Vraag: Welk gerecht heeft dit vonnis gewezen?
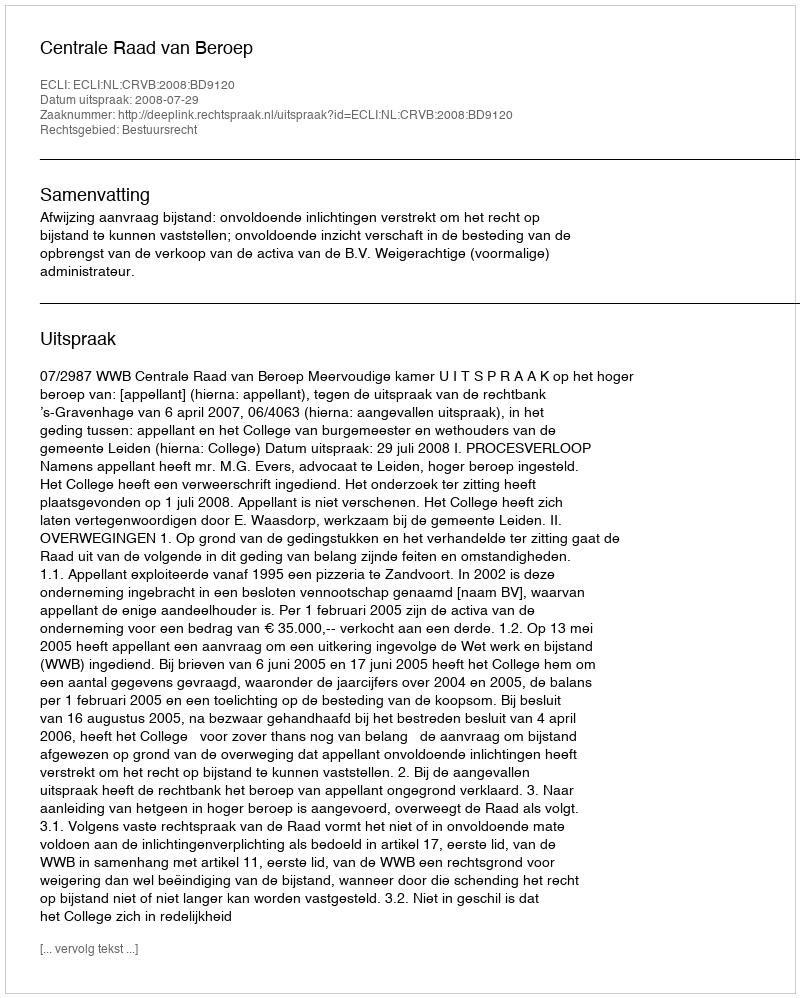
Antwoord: Centrale Raad van Beroep